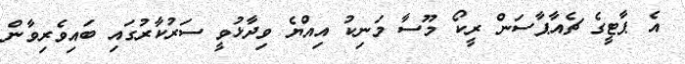
އެ ޕާޓީގެ ޗެއާޕާސަން ރީކޯ މޫސާ މަނިކު އިއްޔެ ވިދާޅުވީ ސަރުކާރުގައި ބައިވެރިވާން